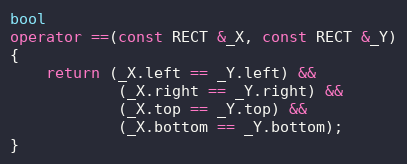
Language: C++
bool
operator ==(const RECT &_X, const RECT &_Y)
{
	return (_X.left == _Y.left) &&
			(_X.right == _Y.right) &&
			(_X.top == _Y.top) &&
			(_X.bottom == _Y.bottom);
}